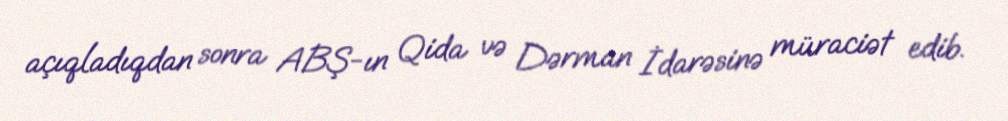
açıqladıqdan sonra ABŞ-ın Qida və Dərman İdarəsinə müraciət edib.